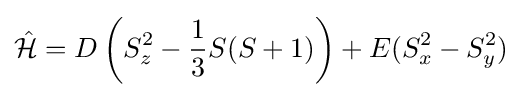
{\hat {\mathcal {H}}}=D\left(S_{z}^{2}-{\frac {1}{3}}S(S+1)\right)+E(S_{x}^{2}-S_{y}^{2})